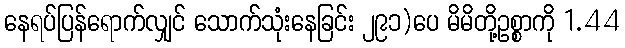
နေရပ်ပြန်ရောက်လျှင် သောက်သုံးနေခြင်း ၂၉၁)ပေ မိမိတို့ဥစ္စာကို 1.44